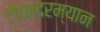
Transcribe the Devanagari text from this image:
टोकादरम्यान